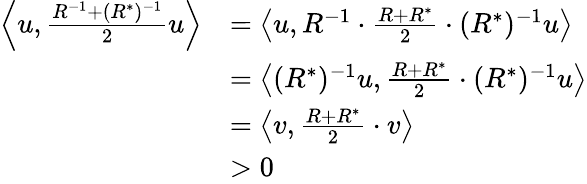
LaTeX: \begin{array}{rl}{\left<u,\frac{R^{-1}+(R^{*})^{-1}}{2}u\right>}&{=\left<u,R^{-1}\cdot\frac{R+R^{*}}{2}\cdot(R^{*})^{-1}u\right>}\\ &{=\left<(R^{*})^{-1}u,\frac{R+R^{*}}{2}\cdot(R^{*})^{-1}u\right>}\\ &{=\left<v,\frac{R+R^{*}}{2}\cdot v\right>}\\ &{>0}\end{array}